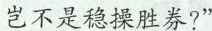
岂不是稳操胜券?”